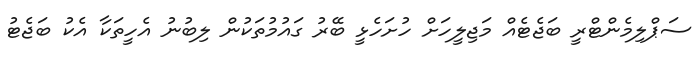
ސަޕްލިމެންޓްރީ ބަޖެޓެއް މަޖިލީހަށް ހުށަހެޅީ ބޭރު ގައުމުތަކުން ލިބުނު އެހީތަކާ އެކު ބަޖެޓު